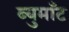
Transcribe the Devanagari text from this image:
ब्युमाँट